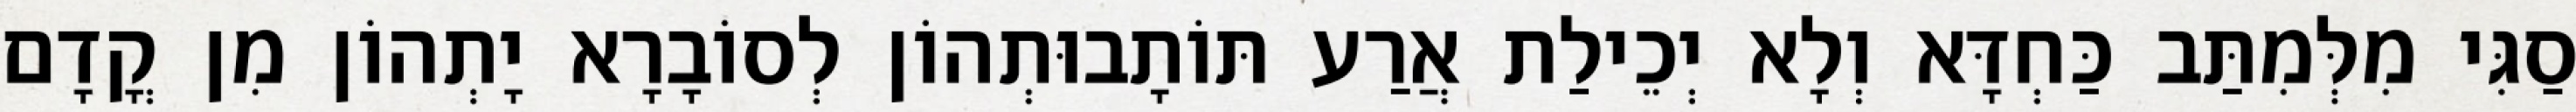
סַגִּי מִלְּמִתַּב כַּחְדָּא וְלָא יְכֵילַת אֲרַע תּוֹתָבוּתְהוֹן לְסוֹבָרָא יָתְהוֹן מִן קֳדָם